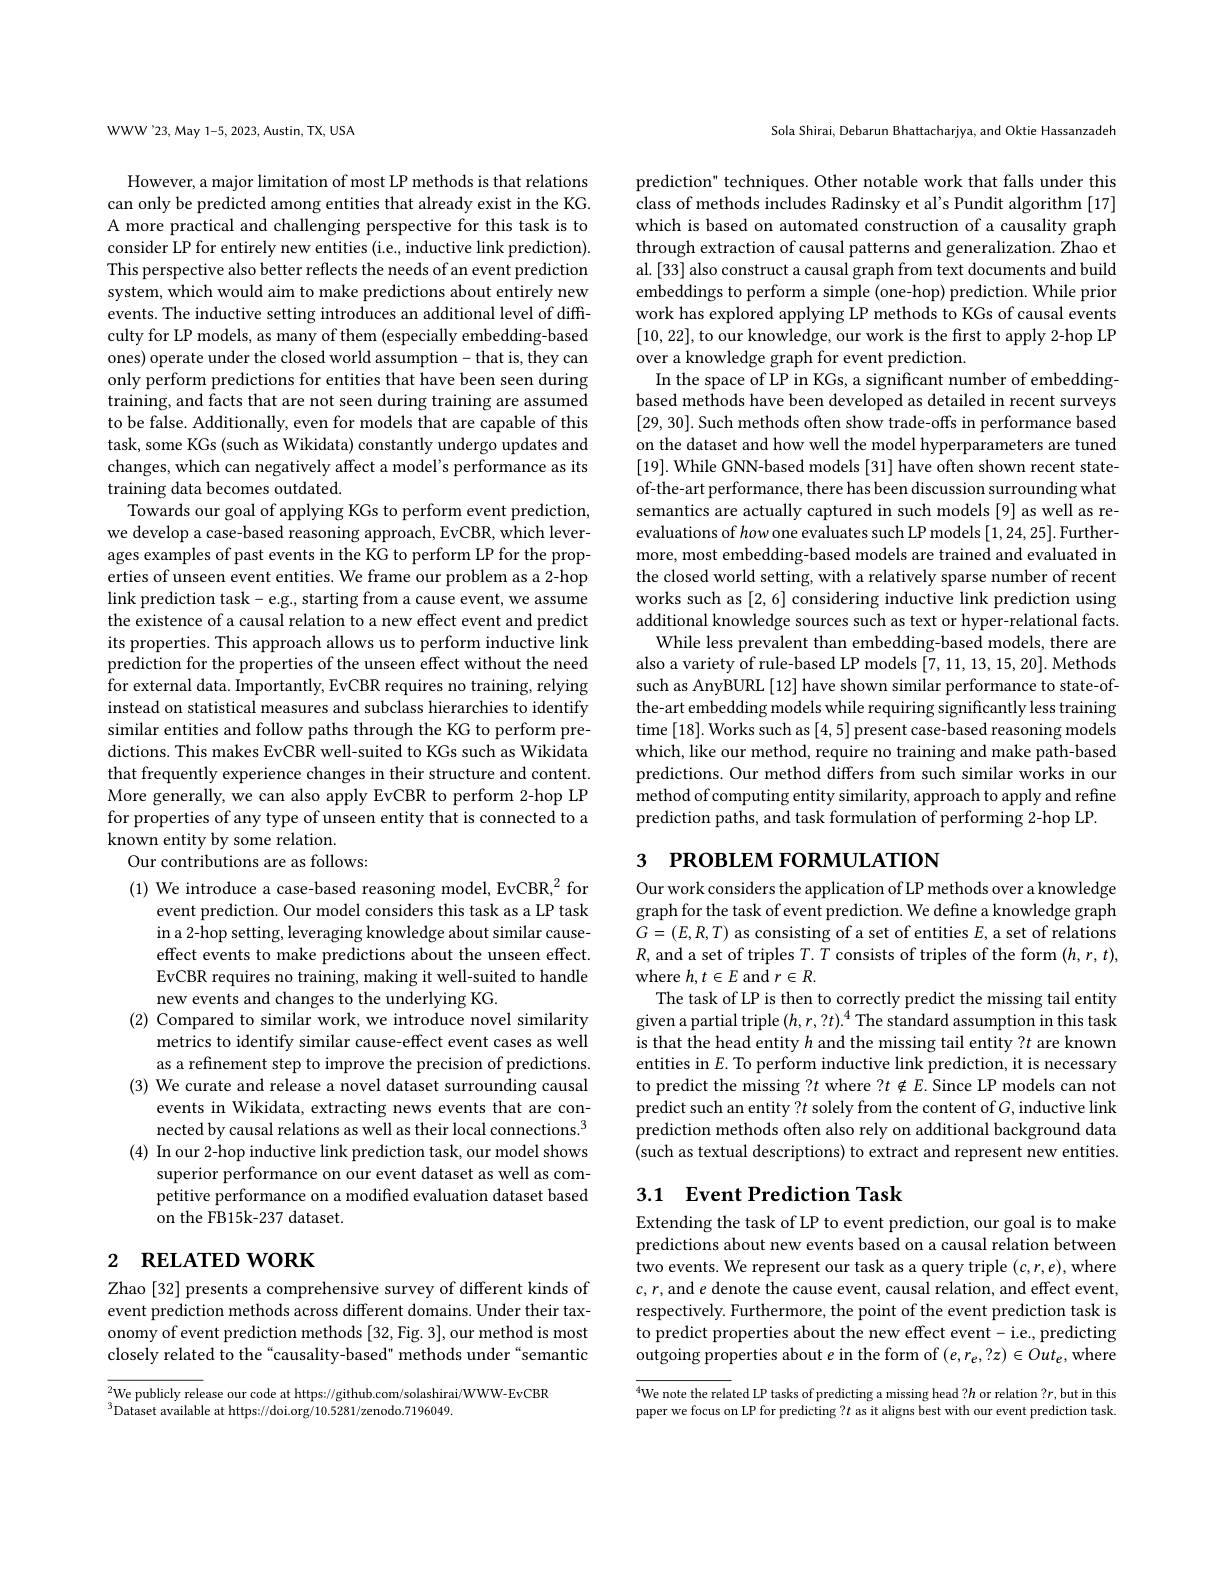
WWW'23, May 1-5, 2023, Austin, TX, USA

However, a major limitation of most LP methods is that relations can only be predicted among entities that already exist in the KG. A more practical and challenging perspective for this task is to consider LP for entirely new entities (i.e., inductive link prediction). This perspective also better reflects the needs of an event prediction system, which would aim to make predictions about entirely new events. The inductive setting introduces an additional level of difficulty for LP models, as many of them (especially embedding-based ones) operate under the closed world assumption- that is, they can only perform predictions for entities that have been seen during training, and facts that are not seen during training are assumed to be false. Additionally, even for models that are capable of this task, some KGs (such as Wikidata) constantly undergo updates and changes, which can negatively affect a model's performance as its training data becomes outdated.
Towards our goal of applying KGs to perform event prediction, we develop a case-based reasoning approach, EvCBR, which leverages examples of past events in the KG to perform LP for the properties of unseen event entities. We frame our problem as a 2-hop link prediction task- e.g., starting from a cause event, we assume the existence of a causal relation to a new effect event and predict its properties. This approach allows us to perform inductive link prediction for the properties of the unseen effect without the need for external data. Importantly, EvCBR requires no training, relying instead on statistical measures and subclass hierarchies to identify similar entities and follow paths through the KG to perform predictions. This makes EvCBR well-suited to KGs such as Wikidata that frequently experience changes in their structure and content. More generally, we can also apply EvCBR to perform 2-hop LP for properties of any type of unseen entity that is connected to a known entity by some relation.
Our contributions are as follows:

(1) We introduce a case-based reasoning model, EvCBR,$^2$for
event prediction. Our model considers this task as a LP task in a 2-hop setting, leveraging knowledge about similar causeeffect events to make predictions about the unseen effect. EvCBR requires no training, making it well-suited to handle new events and changes to the underlying KG.
(2) Compared to similar work, we introduce novel similarity
metrics to identify similar cause-effect event cases as well as a refinement step to improve the precision of predictions.
(3) We curate and release a novel dataset surrounding causal
events in Wikidata, extracting news events that are connected by causal relations as well as their local connections.$^3$
(4) In our 2-hop inductive link prediction task, our model shows
superior performance on our event dataset as well as competitive performance on a modified evaluation dataset based on the FB15k-237 dataset.

# 2 RELATED WORK

Zhao [32] presents a comprehensive survey of different kinds of event prediction methods across different domains. Under their taxonomy of event prediction methods [32,Fig. 3],our method is most closely related to the “causality-based" methods under“semantic

$^{2}$We publicly release our code at https://github.com/solashirai/WWW-EvCBR
$^{3}$Dataset available at https://doi.org/10.5281/zenodo.7196049.

Sola Shirai, Debarun Bhattacharjya, and Oktie Hassanzadeh

prediction" techniques. Other notable work that falls under this class of methods includes Radinsky et al's Pundit algorithm [17] which is based on automated construction of a causality graph through extraction of causal patterns and generalization. Zhao et al. [33] also construct a causal graph from text documents and build embeddings to perform a simple (one-hop) prediction. While prior work has explored applying LP methods to KGs of causal events [10,22], to our knowledge, our work is the first to apply 2-hop LP over a knowledge graph for event prediction.
In the space of LP in KGs, a significant number of embeddingbased methods have been developed as detailed in recent surveys [29,30]. Such methods often show trade-offs in performance based on the dataset and how well the model hyperparameters are tuned [19]. While GNN-based models [31] have often shown recent stateof-the-art performance, there has been discussion surrounding what semantics are actually captured in such models [9] as well as reevaluations of how one evaluates such LP models [1,24,25]. Furthermore, most embedding-based models are trained and evaluated in the closed world setting, with a relatively sparse number of recent works such as [2,6] considering inductive link prediction using additional knowledge sources such as text or hyper-relational facts.
While less prevalent than embedding-based models, there are also a variety of rule-based LP models [7,11,13,15,20]. Methods such as AnyBURL [12] have shown similar performance to state-ofthe-art embedding models while requiring significantly less training time [18]. Works such as [4,5] present case-based reasoning models which, like our method, require no training and make path-based predictions. Our method differs from such similar works in our method of computing entity similarity, approach to apply and refine prediction paths, and task formulation of performing 2-hop LP.
3 РROВLEМ FORMULATION

Our work considers the application of LP methods over a knowledge graph for the task of event prediction. We define a knowledge graph $G=(E,R,T)$ as consisting of a set of entities $E$, a set of relations $R$, and a set of triples $T.T$ consists of triples of the form $(h,r,t)$, where $h,t\in E$ and $r\in R.$
The task of LP is then to correctly predict the missing tail entity given a partial triple $(h,r,?t).^4$ The standard assumption in this task is that the head entity $h$ and the missing tail entity ?$t$ are known entities in $E.$ To perform inductive link prediction, it is necessary to predict the missing ?$t$ where ?$t\notin E.$ Since LP models can not predict such an entity ? $t$ solely from the content of G, inductive link prediction methods often also rely on additional background data (such as textual descriptions) to extract and represent new entities.

## 3.1 Event Prediction Task

Extending the task of LP to event prediction, our goal is to make predictions about new events based on a causal relation between two events. We represent our task as a query triple $(c,r,e)$,where $c,r$,and $e$ denote the cause event, causal relation, and effect event, respectively. Furthermore, the point of the event prediction task is to predict properties about the new effect event- i.e., predicting outgoing properties about $e$ in the form of $(e,r_e,?z)\in Out_e$,where

$^{4}$We note the related LP tasks of predicting a missing head ?$h$ or relation ?$r$,but in this paper we focus on LP for predicting ? $t$ as it aligns best with our event prediction task.